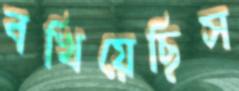
বখিয়েছিস